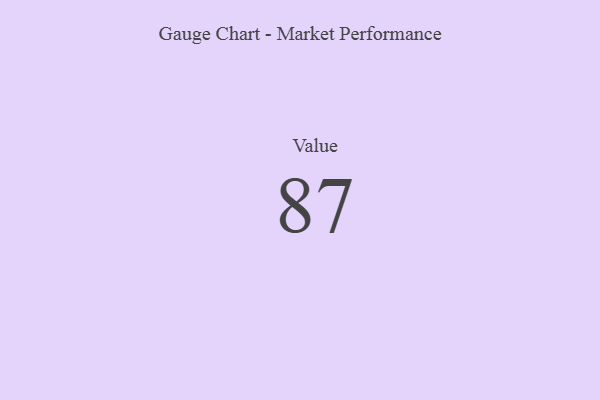
{"axis": {"x": "Metric", "y": "Value"}, "legend": [""], "data": [{"x": "Value", "y": 87, "type": ""}]}